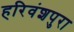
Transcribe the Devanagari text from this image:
हरिवंशपुरा